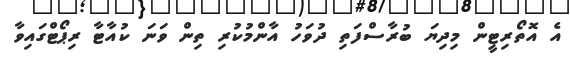
އެ އޮތޯރިޓީން މިދިޔަ ބުރާސްފަތި ދުވަހު އާންމުކުރި ތިން ވަނަ ކުއާޓާ ރިޕޯޓްގައިވާ